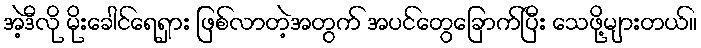
အဲ့ဒီလို မိုးခေါင်ရေရှား ဖြစ်လာတဲ့အတွက် အပင်တွေခြောက်ပြီး သေဖို့များတယ်။